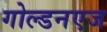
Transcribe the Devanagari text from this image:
गोल्डनएज